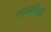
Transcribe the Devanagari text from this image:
लक्ष्मीशी